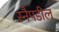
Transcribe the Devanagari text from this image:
स्नैपडील